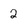
Character: 2